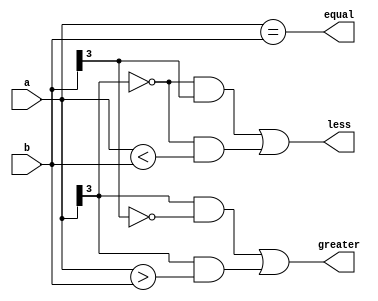
module signed_mag_comparator(
    input [3:0] a,
    input [3:0] b,
    output greater,
    output less,
    output equal
);

assign greater = (a[3] & ~b[3]) | (a[3] & (a > b[3:0]));
assign less = (~a[3] & b[3]) | (~a[3] & (a < b[3:0]));
assign equal = (a == b);

endmodule